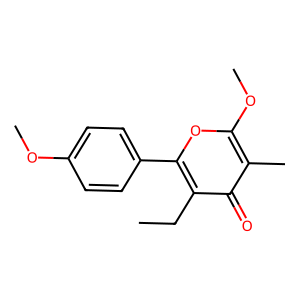
SMILES: CCc1c(-c2ccc(OC)cc2)oc(OC)c(C)c1=O
Inhibits HIV replication: No